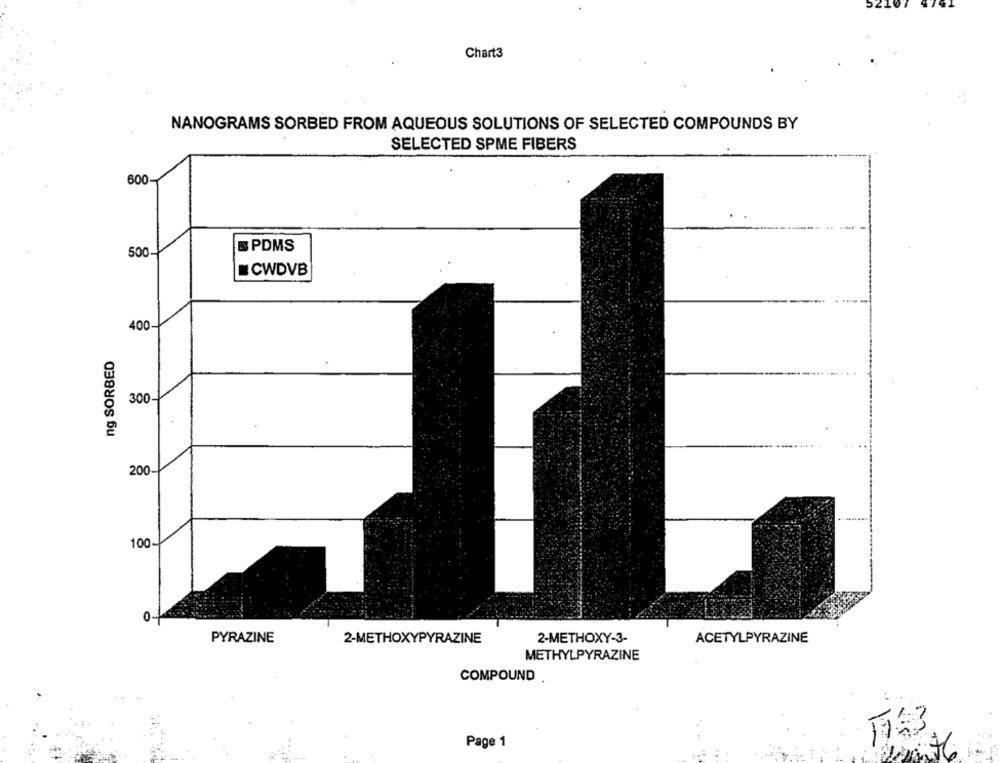
Chart3
NANOGRAMS SORBED FROM AQUEOUS SOLUTIONS OF SELECTED COMPOUNDS BY
SELECTED SPME FIBERS
600-
500-
& PDMS
CWDVB
400
ng SORBED
300
200
100-
0-
PYRAZINE
2-METHOXYPYRAZINE
2-METHOXY-3-
ACETYLPYRAZINE
METHYLPYRAZINE
COMPOUND
Page 1